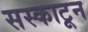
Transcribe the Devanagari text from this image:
सस्काटून